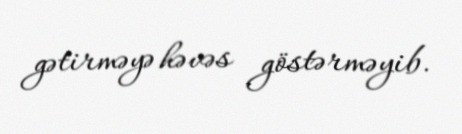
gətirməyə həvəs göstərməyib.